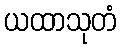
ယထာသုတံ